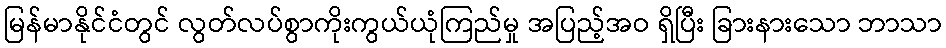
မြန်မာနိုင်ငံတွင် လွတ်လပ်စွာကိုးကွယ်ယုံကြည်မှု အပြည့်အဝ ရှိပြီး ခြားနားသော ဘာသာ